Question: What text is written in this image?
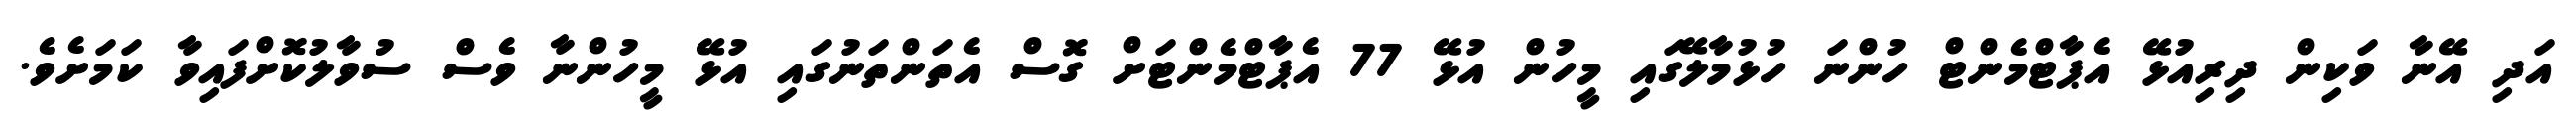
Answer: އަދި އޭނާ ވަކިން ދިރިއުޅޭ އެޕާޓްމެންޓް ހުންނަ ހުޅުމާލޭގައި މީހުން އުޅޭ 77 އެޕާޓްމެންޓަށް ގޮސް އެތަންތަނުގައި އުޅޭ މީހުންނާ ވެސް ސުވާލުކޮށްފައިވާ ކަމަށެވެ.